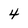
Character: 4